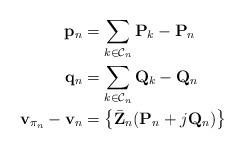
LaTeX: \begin{align*}\mathbf{p}_n&=\sum_{k\in\mathcal{C}_n} \mathbf{P}_k - \mathbf{P}_n\\\mathbf{q}_n&=\sum_{k\in\mathcal{C}_n} \mathbf{Q}_k - \mathbf{Q}_n\\\mathbf{v}_{\pi_n} - \mathbf{v}_n &= \real\left\{\bar{\mathbf{Z}}_n(\mathbf{P}_n+j\mathbf{Q}_n)\right\} \end{align*}